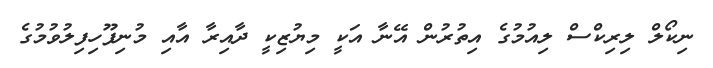
ނިކޯލް ލިރިކްސް ލިއުމުގެ އިތުރުން އޭނާ އަކީ މިޔުޒިކީ ދާއިރާ އާއި މުނިފޫހިފިލުވުމުގެ